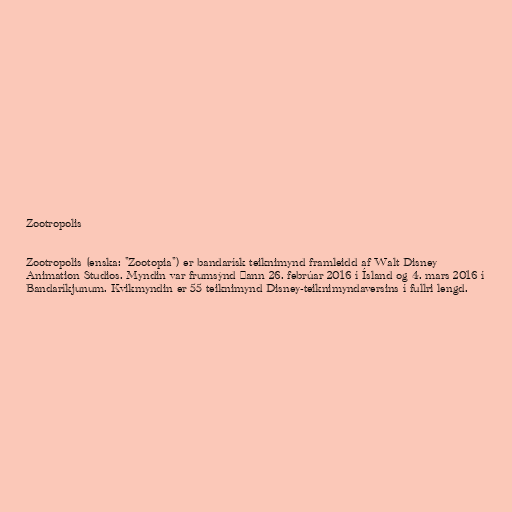
Zootropolis

Zootropolis (enska: "Zootopia") er bandarísk teiknimynd framleidd af Walt Disney
Animation Studios. Myndin var frumsýnd þann 26. febrúar 2016 í Ísland og 4. mars 2016 í
Bandaríkjunum. Kvikmyndin er 55 teiknimynd Disney-teiknimyndaversins í fullri lengd.